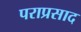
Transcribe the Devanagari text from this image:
पराप्रसाद